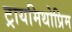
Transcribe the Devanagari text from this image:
ट्रायमिथोप्रिम